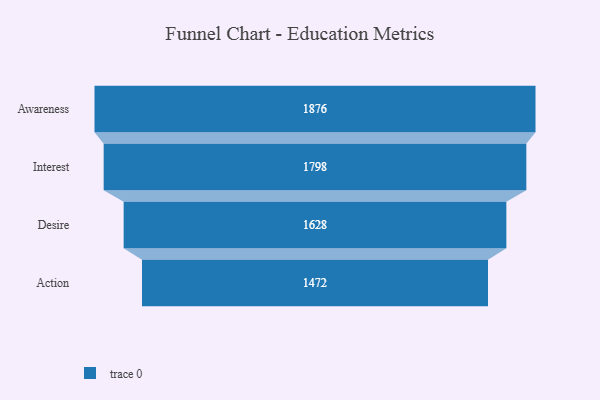
{"axis": {"x": "Stage", "y": "Value"}, "legend": [""], "data": [{"x": "Awareness", "y": 1876.0, "type": ""}, {"x": "Interest", "y": 1798.0, "type": ""}, {"x": "Desire", "y": 1628.0, "type": ""}, {"x": "Action", "y": 1472.0, "type": ""}]}